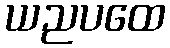
ယညပထေ